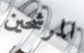
المرشحين